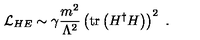
{ \cal L } _ { H E } \sim \gamma { \frac { m ^ { 2 } } { \Lambda ^ { 2 } } } \left( \mathrm { t r } \left( H ^ { \dag } H \right) \right) ^ { 2 } \ .